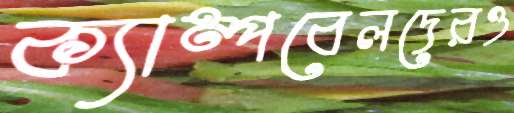
ক্যাম্পবেলদেরও